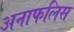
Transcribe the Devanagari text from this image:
अनाफलिस